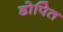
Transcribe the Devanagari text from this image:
डोपित